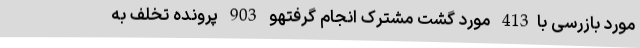
مورد بازرسی با413 مورد گشت مشترک انجام گرفتهو 903 پرونده تخلف به